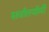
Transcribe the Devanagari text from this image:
सर्वातर्यामी